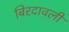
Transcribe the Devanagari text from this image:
बिरदावली